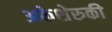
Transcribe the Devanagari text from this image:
अकेशेरुकी